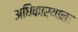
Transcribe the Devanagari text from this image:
अधिकार्याना